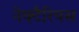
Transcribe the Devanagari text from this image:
नेक्टैरियस